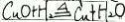
C u O + H _ { 2 } \Delta q C u + H _ { 2 } O